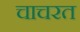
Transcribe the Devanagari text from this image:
चाचरत